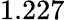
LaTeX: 1.227